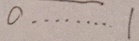
0 \cdots 1